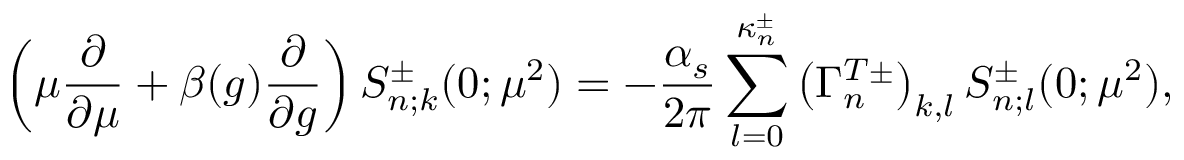
\left( \mu \frac { \partial } { \partial \mu } + \beta ( g ) \frac { \partial } { \partial g } \right) S _ { n ; k } ^ { \pm } ( 0 ; \mu ^ { 2 } ) = - \frac { \alpha _ { s } } { 2 \pi } \sum _ { l = 0 } ^ { \kappa _ { n } ^ { \pm } } \left( \Gamma _ { n } ^ { T \pm } \right) _ { k , l } S _ { n ; l } ^ { \pm } ( 0 ; \mu ^ { 2 } ) ,